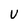
Character: U